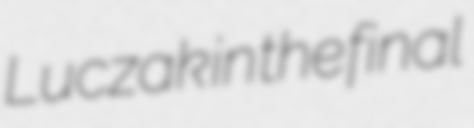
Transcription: Luczak in the final